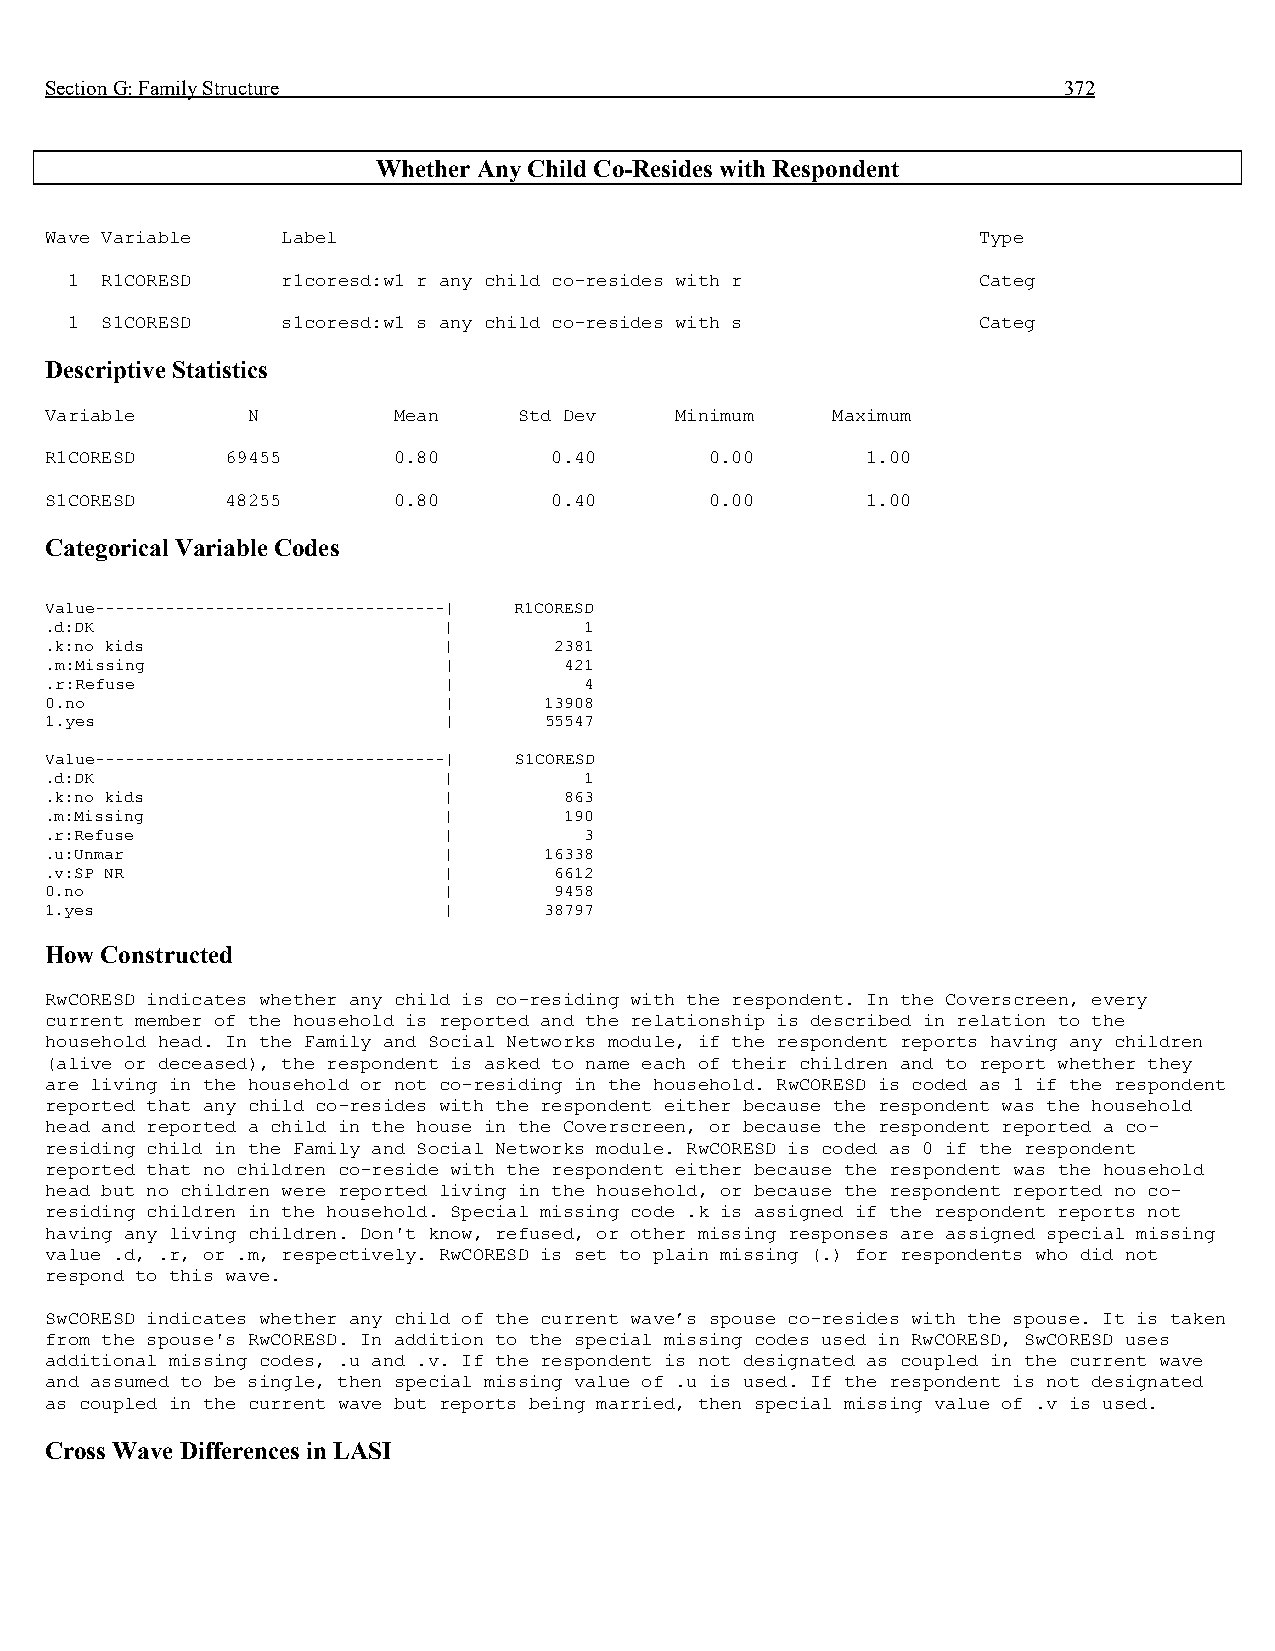
Section G: Family Structure                                        372
 Whether Any Child Co-Resides with Respondent
 Wave Variable   Label                                         Type
 1  R1CORESD    r1coresd:w1 r any child co-resides with r     Categ
 1  S1CORESD    s1coresd:w1 s any child co-resides with s     Categ
 Descriptive Statistics
 Variable     N         Mean    Std Dev    Minimum   Maximum
 R1CORESD    69455      0.80      0.40       0.00      1.00
 S1CORESD    48255      0.80      0.40       0.00      1.00
 Categorical Variable Codes
 Value-----------------------------------| R1CORESD
 .d:DK                     |         1
 .k:no kids                |       2381
 .m:Missing                |       421
 .r:Refuse                 |         4
 0.no                      |      13908
 1.yes                     |      55547
 Value-----------------------------------| S1CORESD
 .d:DK                     |         1
 .k:no kids                |       863
 .m:Missing                |       190
 .r:Refuse                 |         3
 .u:Unmar                  |      16338
 .v:SP NR                  |       6612
 0.no                      |       9458
 1.yes                     |      38797
 How Constructed
 RwCORESD indicates whether any child is co-residing with the respondent. In the Coverscreen, every
 current member of the household is reported and the relationship is described in relation to the
 household head. In the Family and Social Networks module, if the respondent reports having any children
 (alive or deceased), the respondent is asked to name each of their children and to report whether they
 are living in the household or not co-residing in the household. RwCORESD is coded as 1 if the respondent
 reported that any child co-resides with the respondent either because the respondent was the household
 head and reported a child in the house in the Coverscreen, or because the respondent reported a co-
 residing child in the Family and Social Networks module. RwCORESD is coded as 0 if the respondent
 reported that no children co-reside with the respondent either because the respondent was the household
 head but no children were reported living in the household, or because the respondent reported no co-
 residing children in the household. Special missing code .k is assigned if the respondent reports not
 having any living children. Don't know, refused, or other missing responses are assigned special missing
 value .d, .r, or .m, respectively. RwCORESD is set to plain missing (.) for respondents who did not
 respond to this wave.
 SwCORESD indicates whether any child of the current wave’s spouse co-resides with the spouse. It is taken
 from the spouse's RwCORESD. In addition to the special missing codes used in RwCORESD, SwCORESD uses
 additional missing codes, .u and .v. If the respondent is not designated as coupled in the current wave
 and assumed to be single, then special missing value of .u is used. If the respondent is not designated
 as coupled in the current wave but reports being married, then special missing value of .v is used.
 Cross Wave Differences in LASI